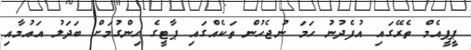
ޕީޕީއެމް ތެރޭގައި އުފެދުނު ހަމަ ނުޖެހުން ތަކެއްގައި ޕާޓީގެ ހިންގުމަށް ބަދަލު އައުމާއި